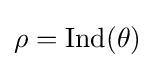
\rho ={\text{Ind}}(\theta )